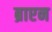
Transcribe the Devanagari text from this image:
ब्राएन